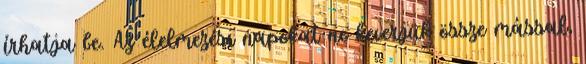
írhatja be. Az élelmezési napokat ne keverjük össze mással,